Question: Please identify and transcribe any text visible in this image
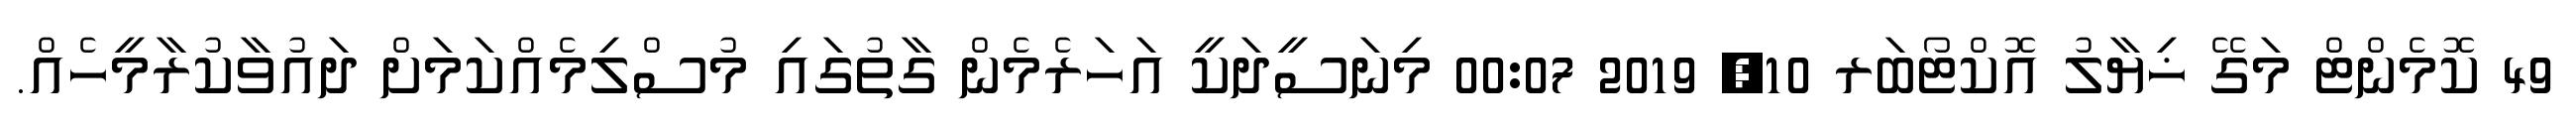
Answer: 49 ކޮމެންޓް މަގޭ ޚިޔާލު އޮކްޓޯބަރ 10, 2019 00:07 މިނަސީދަކީ އަހަރެމެން ގާތުގައި މުސްލިމެއްކަމަށް ދައުވާކުރާމީހެއް.